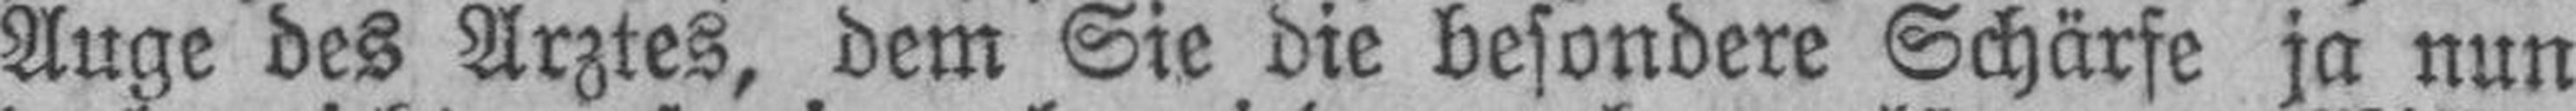
Auge des Arztes, dem Sie die besondere Schärfe ja nun